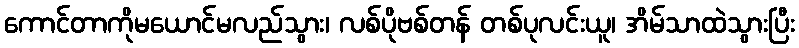
ကောင်တာကိုမယောင်မလည်သွား၊ လစ်ပိုဗစ်တန် တစ်ပုလင်းယူ၊ အိမ်သာထဲသွားပြီး